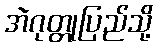
အဲဂုတ္တုပြည်သို့